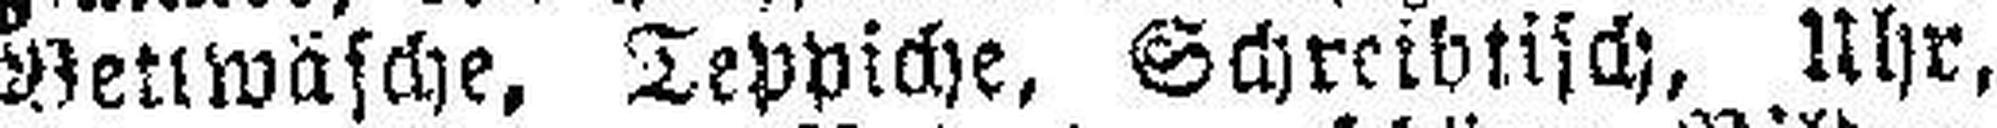
Bettwäsche, Teppiche, Schreibtisch, Uhr,